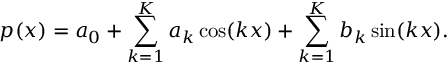
p ( x ) = a _ { 0 } + \sum _ { k = 1 } ^ { K } a _ { k } \cos ( k x ) + \sum _ { k = 1 } ^ { K } b _ { k } \sin ( k x ) .